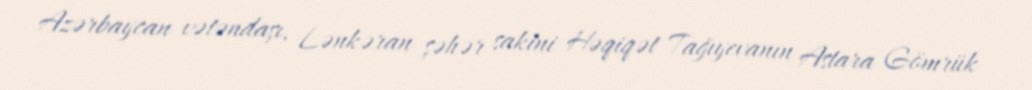
Azərbaycan vətəndaşı, Lənkəran şəhər sakini Həqiqət Tağıyevanın Astara Gömrük